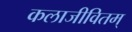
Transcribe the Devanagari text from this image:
कलाजीवितम्